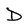
Character: D